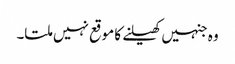
وہ جنہیں کھیلنے کا موقع نہیں ملتا۔